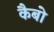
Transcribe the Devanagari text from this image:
कैबो